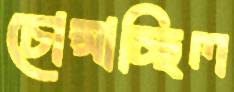
চোপ্‌সাচ্ছিল